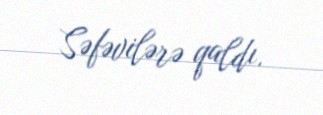
Səfəvilərə qaldı.